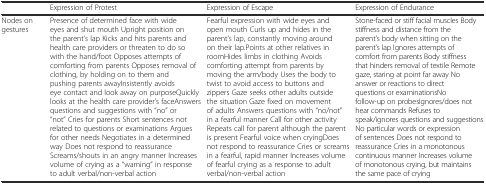
<table><thead><tr><td></td><td><b>Expression of Protest</b></td><td><b>Expression of Escape</b></td><td><b>Expression of Endurance</b></td></tr></thead><tbody><tr><td>Nodes on gestures</td><td>Presence of determined face with wide eyes and shut mouth Upright position on the parent’s lapKicks and hits parents and health care providers or threaten to do so with the hand/foot Opposes attempts of comforting from parentsOpposes removal of clothing, by holding on to them and pushing parents awayInsistently avoids eye contact and look away on purposeQuickly looks at the health care provider’s faceAnswers questions and suggestions with “no” or “not” Cries for parents Short sentences not related to questions or examinations Argues for other needs Negotiates in a determined way Does not respond to reassurance Screams/shouts in an angry manner Increases volume of crying as a “warning” in response to adult verbal/non-verbal action</td><td>Fearful expression with wide eyes and open mouth Curls up and hides in the parent’s lap, constantly moving around on their lap.Points at other relatives in roomHides limbs in clothing Avoids comforting attempt from parents by moving the arm/body Uses the body to twist to avoid access to buttons and zippers Gaze seeks other adults outside the situation Gaze fixed on movement of adults Answers questions with “no/not” in a fearful manner Call for other activity Repeats call for parent although the parent is present Fearful voice when cryingDoes not respond to reassurance Cries or screams in a fearful, rapid manner Increases volume of fearful crying as a response to adult verbal/non-verbal action</td><td>Stone-faced or stiff facial muscles Body stiffness and distance from the parent’s body when sitting on the parent’s lap Ignores attempts of comfort from parents Body stiffness that hinders removal of textile Remote gaze, staring at point far away No answer or reactions to direct questions or examinationsNo follow-up on probesIgnores/does not hear commands Refuses to speak/ignores questions and suggestionsNo particular words or expression of sentences Does not respond to reassurance Cries in a monotonous continuous manner Increases volume of monotonous crying, but maintains the same pace of crying</td></tr></tbody></table>